Annual report on the Civil Veterinary Department, Burma (including the Insein Veterinary School) - 1923-1931
Year: 1923
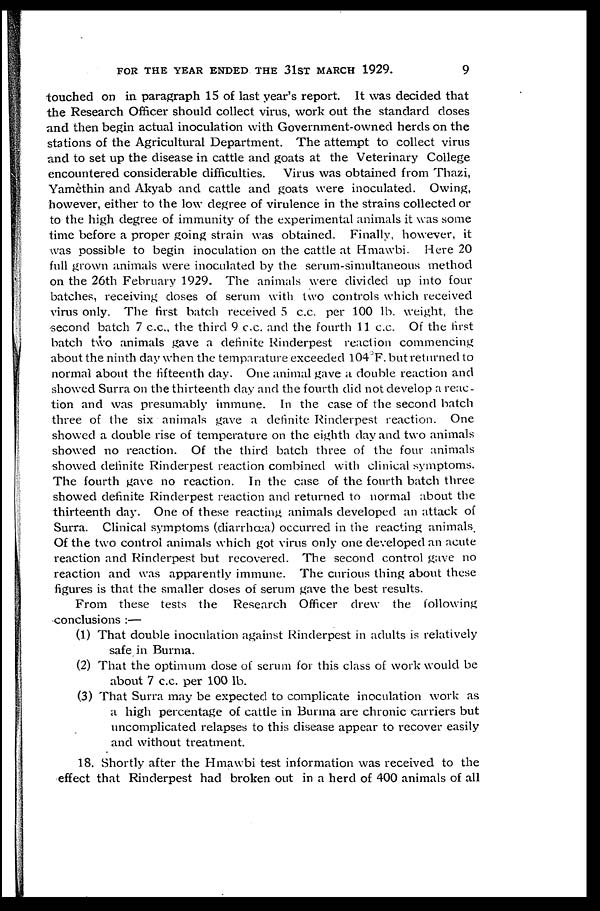
FOR THE YEAR ENDED THE 31ST MARCH 1929.
9
touched on in paragraph 15 of last year's report. It was decided that
the Research Officer should collect virus, work out the standard doses
and then begin actual inoculation with Government-owned herds on the
stations of the Agricultural Department. The attempt to collect virus
and to set up the disease in cattle and goats at the Veterinary College
encountered considerable difficulties. Virus was obtained from Thazi,
Yamèthin and Akyab and cattle and goats were inoculated. Owing,
however, either to the low degree of virulence in the strains collected or
to the high degree of immunity of the experimental animals it was some
time before a proper going strain was obtained. Finally, however, it
was possible to begin inoculation on the cattle at Hmawbi. Here 20
full grown animals were inoculated by the serum-simultaneous method
on the 26th February 1929. The animals were divided up into four
batches, receiving doses of serum with two controls which received
virus only. The first batch received 5 c.c. per 100 lb. weight, the
second batch 7 c.c., the third 9 c.c. and the fourth 11 c.c. Of the first
batch two animals gave a definite Rinderpest reaction commencing
about the ninth day when the temparature exceeded 104°F. but returned to
normal about the fifteenth day. One animal gave a double reaction and
showed Surra on the thirteenth day and the fourth did not develop a reac-
tion and was presumably immune. In the case of the second batch
three of the six animals gave a definite Rinderpest reaction. One
showed a double rise of temperature on the eighth day and two animals
showed no reaction. Of the third batch three of the four animals
showed definite Rinderpest reaction combined with clinical symptoms.
The fourth gave no reaction. In the case of the fourth batch three
showed definite Rinderpest reaction and returned to normal about the
thirteenth day. One of these reacting animals developed an attack of
Surra. Clinical symptoms (diarrhoea) occurred in the reacting animals.
Of the two control animals which got virus only one developed an acute
reaction and Rinderpest but recovered. The second control gave no
reaction and was apparently immune. The curious thing about these
figures is that the smaller doses of serum gave the best results.
From these tests the Research Officer drew the following
conclusions :—
(1) That double inoculation against Rinderpest in adults is relatively
safe in Burma.
(2) That the optimum dose of serum for this class of work would be
about 7 c.c. per 100 lb.
(3) That Surra may be expected to complicate inoculation work as
a high percentage of cattle in Burma are chronic carriers but
uncomplicated relapses to this disease appear to recover easily
and without treatment.
18. Shortly after the Hmawbi test information was received to the
effect that Rinderpest had broken out in a herd of 400 animals of all